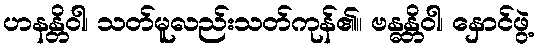
ဟနန္တိဝါ၊ သတ်မူလည်းသတ်ကုန်၏။ ဗန္ဓန္တိဝါ၊ နှောင်ဖွဲ့